Report on vaccination in Madras 1895-1903 - 1895-1903
Year: 1895
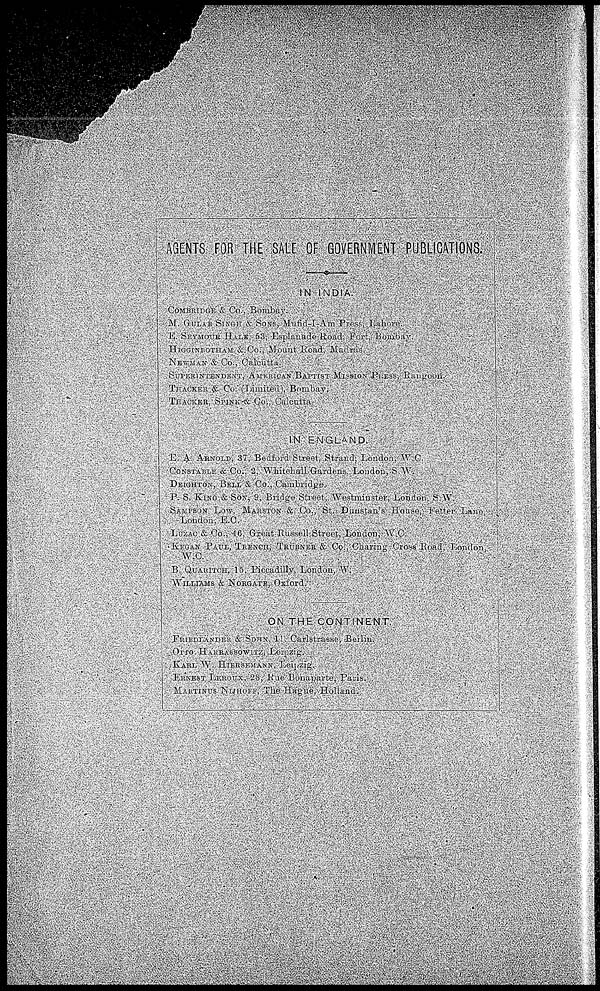
AGENTS FOR THE SALE OF GOVERNMENT PUBLICATIONS.
IN INDIA.
COMBRIGGE & Co., Bombay.
M. GULAB SINGH & SONS, Mufid-I-Am Press, Lahore.
E. SEYMOUR HALE. 53, Esplanade Road. Fort, Bombay.
HIGGINBOTHAM &.Co., Mount Road. Madras.
NEWMAN & Co., Calcutta.
SUPERINTENDENT, AMERICAN BAPTIST MISSION PRESS
RANGOON.
THACKER & Co. (Limited), Bombay.
THACKER, SPINK & CO., Calcutta.
IN ENGLAND.
E. A. ARNOLD, 37,.Bedford Street, Strand, London. W.C.
CONSTABLE &Co., 2, Whitehall Gardens, London, S.W.
DEIGHTON, BELL & Co., Cambridge.
P. S. KING & SON, 9. Bridge Street. Westminster, London. S.W
SAMPSON LOW, MARSTON & CO., St. Dunstan's House, Fetter Lane,
London, E.C.
LUZAC & Co., 16, Great Russell Street, Loudon, W.C.
KEGAN PAUL, TRENCH, TRÜBNER & Co., Charing Cross Road, London,
W.C.
B. QUARITCH, 15, Piccadilly, London, W.
WILLIAMS & NORGATE, Oxford.
ON THE CONTINENT.
FRIEDLÄNDER & SOHN,11 Carlstrasse, Beilin.
OTTO HARRASSOWITZ, Leipzig.
KARL W. HIERSEMANN, Leipzig.
ERNEST LEROUX, 28, Rue Bonaparte, Paris.
MARTINUS NIJHOFF, The Hague, Holland.